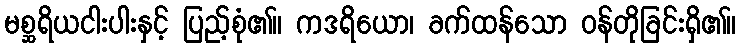
မစ္ဆရိယငါးပါးနှင့် ပြည့်စုံ၏။ ကဒရိယော၊ ခက်ထန်သော ဝန်တိုခြင်းရှိ၏။